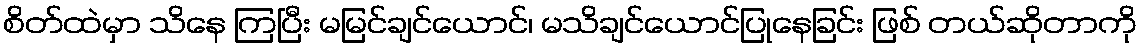
စိတ်ထဲမှာ သိနေ ကြပြီး မမြင်ချင်ယောင်၊ မသိချင်ယောင်ပြုနေခြင်း ဖြစ် တယ်ဆိုတာကို